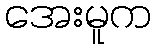
အေးမူက